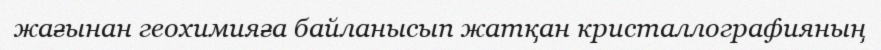
жағынан геохимияға байланысып жатқан кристаллографияның